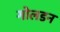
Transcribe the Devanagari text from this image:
गोलडन